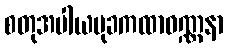
စတုအပါယမုခကထာဝဏ္ဏနာ